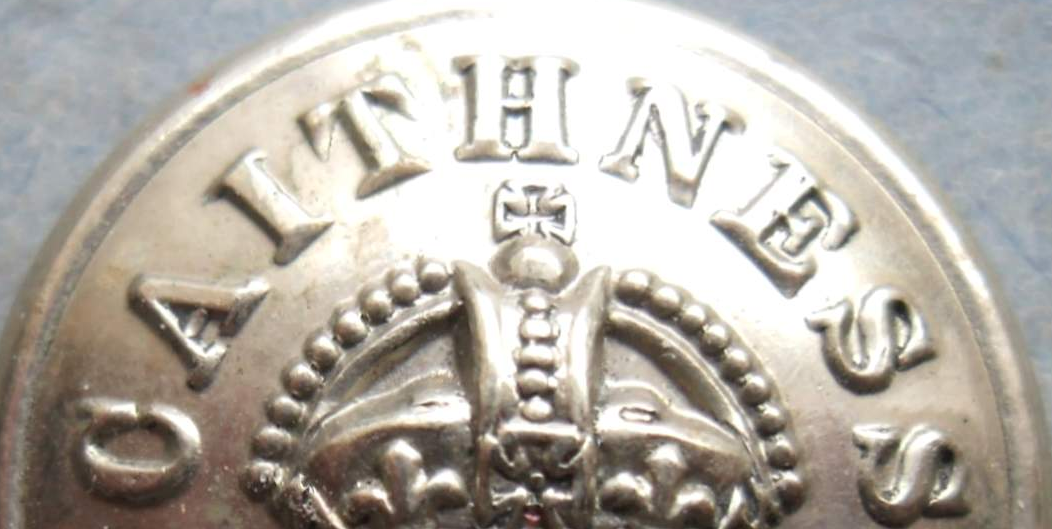
CAITHNESS